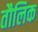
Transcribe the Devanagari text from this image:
तौलिक